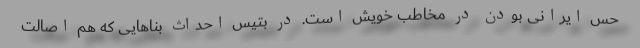
حس ایرانی بودن در مخاطب خویش است. در بتیس احداث بناهایی که هم اصالت